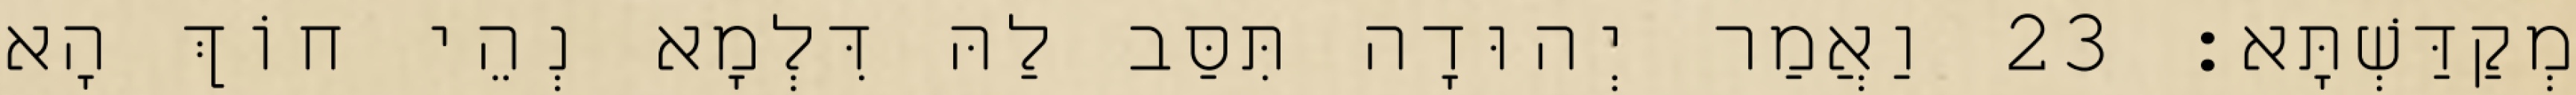
מְקַדַּשְׁתָּא׃ 23 וַאֲמַר יְהוּדָה תִּסַּב לַהּ דִּלְמָא נְהֵי חוֹךְ הָא